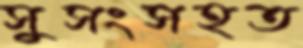
সুসংসহত